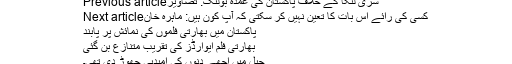
Previous articleسری لنکا کے خلاف پاکستان کی عمدہ بولنگ: تصاویر
Next articleکسی کی رائے اس بات کا تعین نہیں کر سکتی کہ آپ کون ہیں: ماہرہ خان
پاکستان میں بھارتی فلموں کی نمائش پر پابند
بھارتی فلم ایوارڈز کی تقریب متنازع بن گئی
جیل میں اچھے دنوں کی امیدہی چھوڑ دی تھی۔